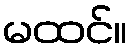
မထင်။